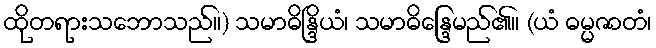
ထိုတရားသဘောသည်။) သမာဓိန္ဒြိယံ၊ သမာဓိန္ဒြေမည်၏။ (ယံ ဓမ္မဇာတံ၊